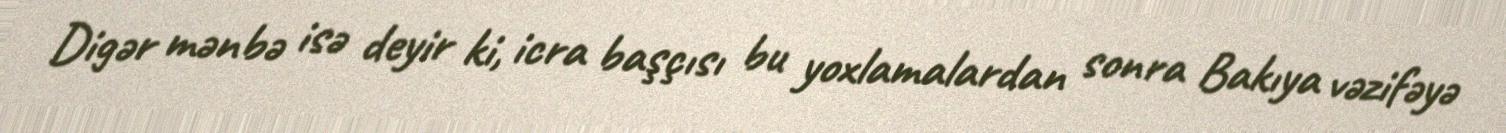
Digər mənbə isə deyir ki, icra başçısı bu yoxlamalardan sonra Bakıya vəzifəyə